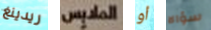
ريدينغ الملابس أو سؤالا